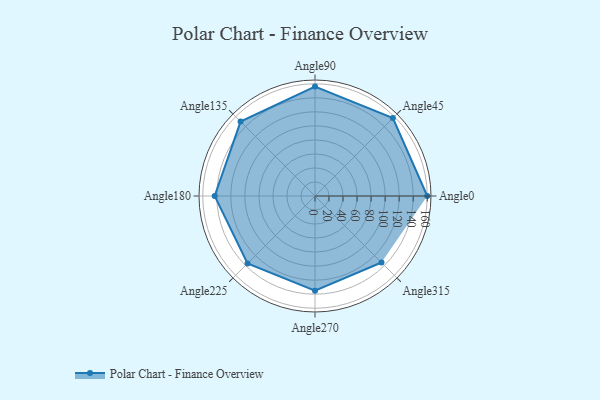
{"axis": {"x": "Angle", "y": "Radius"}, "legend": [""], "data": [{"x": "Angle0", "y": 160.0, "type": ""}, {"x": "Angle45", "y": 157.0, "type": ""}, {"x": "Angle90", "y": 156.0, "type": ""}, {"x": "Angle135", "y": 150.0, "type": ""}, {"x": "Angle180", "y": 143.0, "type": ""}, {"x": "Angle225", "y": 136.0, "type": ""}, {"x": "Angle270", "y": 135.0, "type": ""}, {"x": "Angle315", "y": 134.0, "type": ""}]}